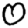
Digit: 0